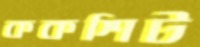
ককশিট